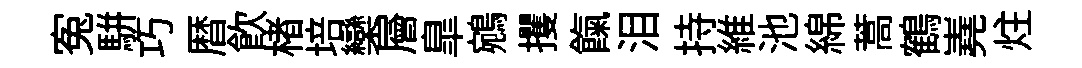
寃駢巧暦飲楮培欒層臯鵷攫餼泪持維池綿蒿鶴嶤炷